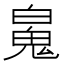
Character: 𩲸